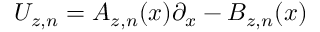
U _ { z , n } = A _ { z , n } ( x ) \partial _ { x } - B _ { z , n } ( x )